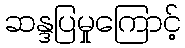
ဆန္ဒပြမှုကြောင့်